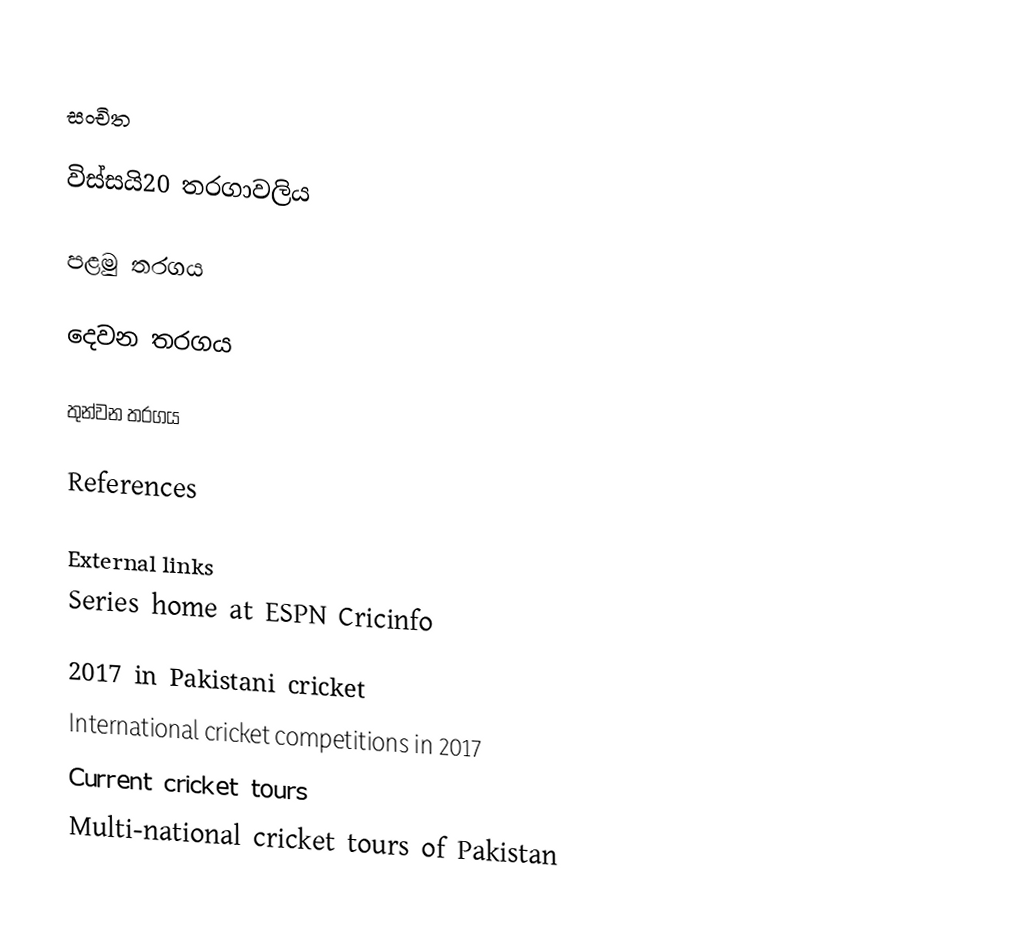

සංචිත

විස්සයි20 තරගාවලිය

පළමු තරගය

දෙවන තරගය

තුන්වන තරගය

References

External links
 Series home at ESPN Cricinfo

2017 in Pakistani cricket
International cricket competitions in 2017
Current cricket tours
Multi-national cricket tours of Pakistan